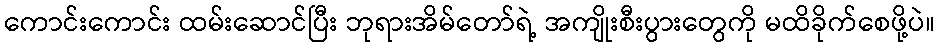
ကောင်းကောင်း ထမ်းဆောင်ပြီး ဘုရားအိမ်တော်ရဲ့ အကျိုးစီးပွားတွေကို မထိခိုက်စေဖို့ပဲ။